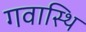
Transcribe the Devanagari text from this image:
गवास्थि